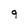
Character: 9